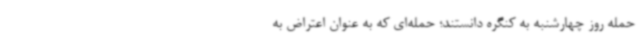
حمله روز چهارشنبه به کنگره دانستند؛ حمله‌ای که به عنوان اعتراض به